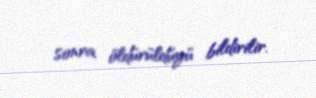
sonra öldürüldüyü bildirilir.